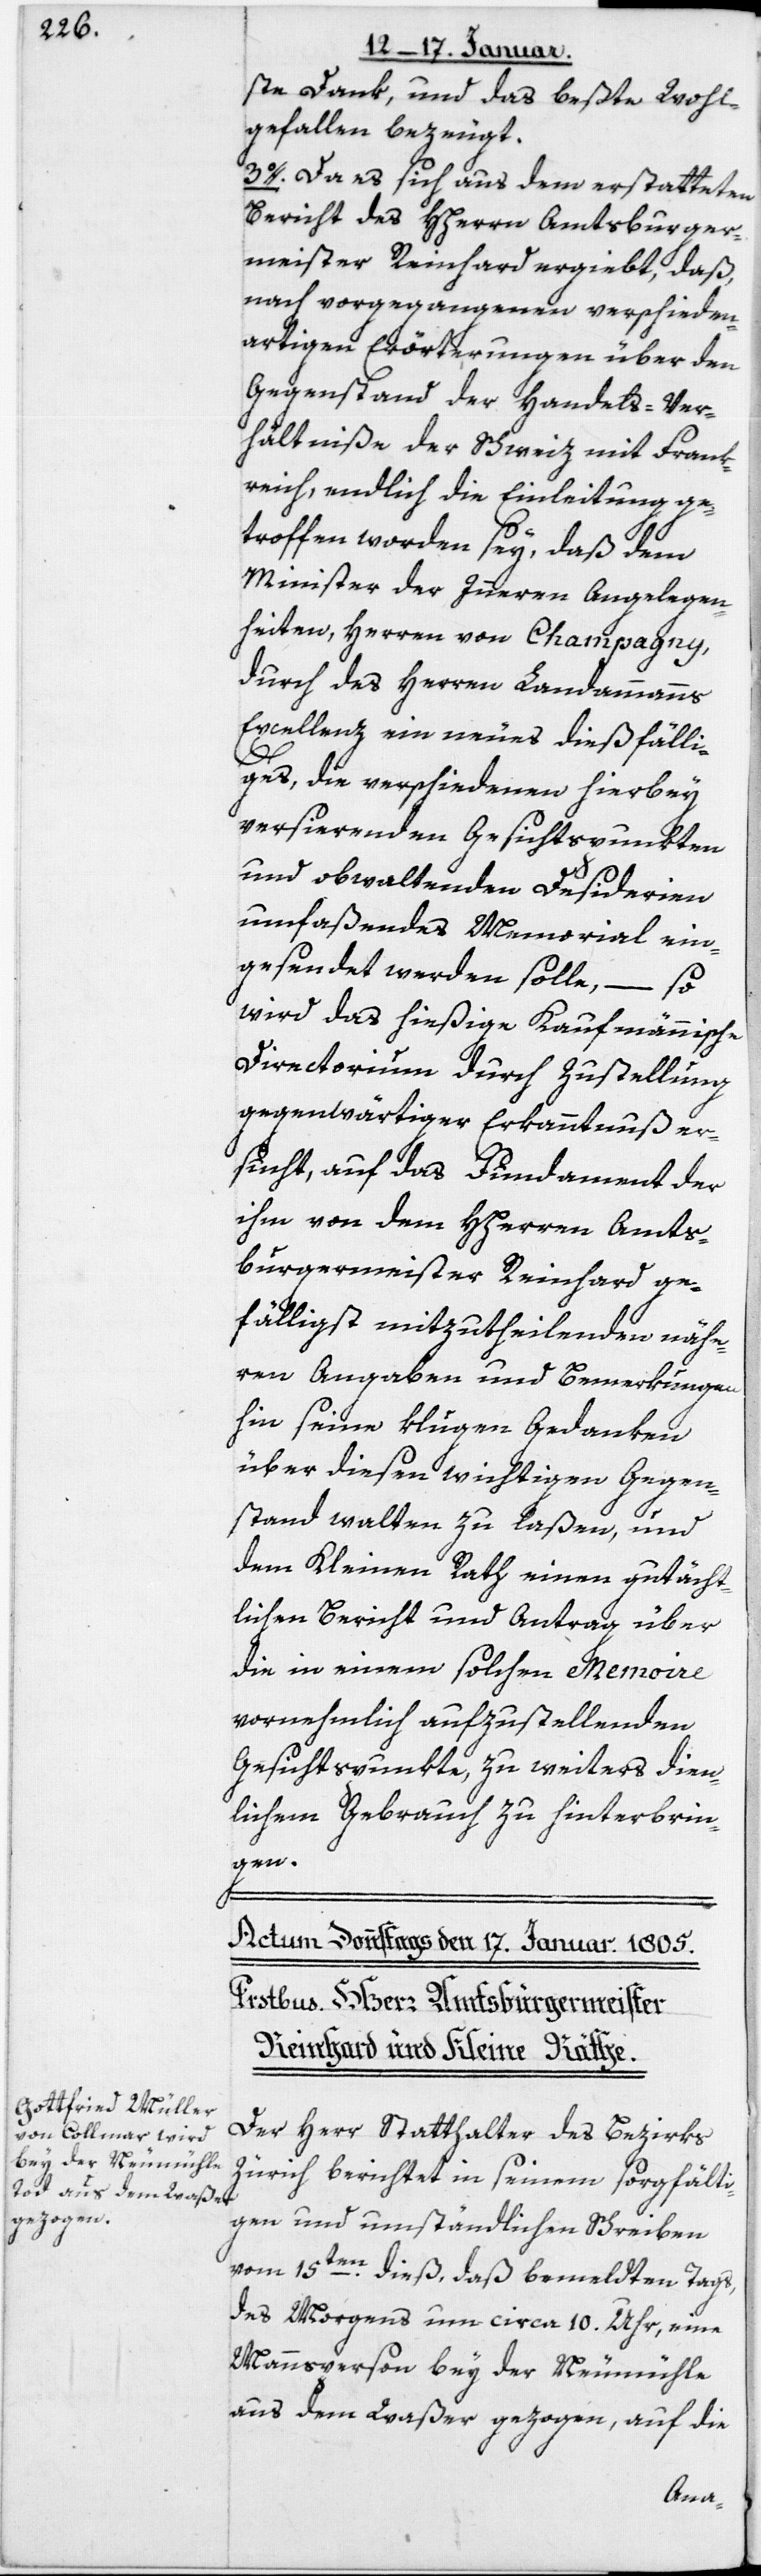
ste Dank, und das beßte Wohl¬
gefallen bezeugt.
3. Da es sich aus dem erstatteten
Bericht des HHerrn Amtsburger¬
meister Reinhard ergiebt, daß
nach vorgegangenen verschieden¬
artigen Erörterungen über den
Gegenstand der Handels-Ver¬
hältniße der Schweiz mit Frank¬
reich, endlich die Einleitung ge¬
troffen worden sey, daß dem
Minister der Inneren Angelegen¬
heiten, Herren von Champagny,
durch des Herren Landammanns
Excellenz ein neues dießfälli¬
ges, die verschiedenen hierbey
versierenden Gesichtspunkten
und obwaltenden Desiderien
umfaßendes Memorial ein¬
gesendet werden solle,
–
so
wird das hießige Kaufmännische
Directorium durch Zustellung
gegenwärtiger Erkanntnuß er¬
sucht, auf das Fundament der
ihm von dem HHerren Amts¬
burgermeister Reinhard ge¬
fälligst mitzutheilenden nähe¬
ren Angaben und Bemerkungen
hin seine klugen Gedanken
über diesen wichtigen Gegen¬
stand walten zu laßen, und
dem Kleinen Rath einen gutächt¬
lichen Bericht und Antrag über
die in einem solchen Memoire
vornehmlich aufzustellenden
Gesichtspunkte, zu weiters dien¬
lichem Gebrauch zu hinterbrin¬
gen.
Der Herr Statthalter des Bezirks
Zürich berichtet in seinem sorgfälti¬
gen und umständlichen Schreiben
vom 15ten dieß, daß bemeldten Tags,
des Morgens um ca. 10 Uhr, eine
Mannsperson bey der Neumühle
aus dem Waßer gezogen, auf die